Indian Medical Review
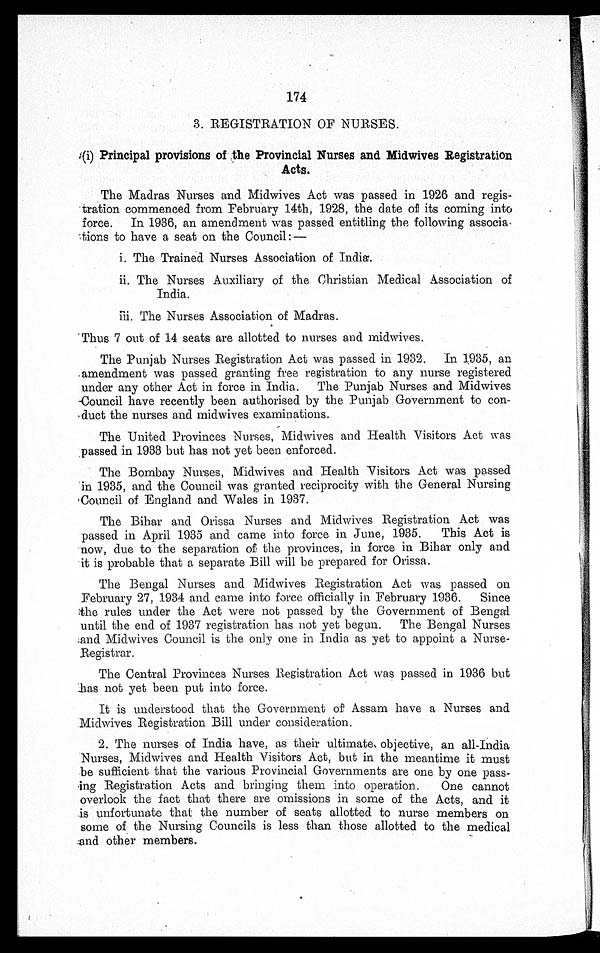
174
3. REGISTRATION OF NURSES.
(i) Principal provisions of the Provincial Nurses and Midwives Registration
Acts.
The Madras Nurses and Midwives Act was passed in 1926 and regis-
tration commenced from February 14th, 1928, the date of its coming into
force. In 1936, an amendment was passed entitling the following associa
tions to have a seat on the Council:—
i. The Trained Nurses Association of India.
ii. The Nurses Auxiliary of the Christian Medical Association of
India.
iii.
The Nurses Association of Madras.
Thus 7 out of 14 seats are allotted to nurses and midwives.
The Punjab Nurses Registration Act was passed in 1932. In 1935, an
amendment was passed granting free registration to any nurse registered
under any other Act in force in India. The Punjab Nurses and Midwives
Council have recently been authorised by the Punjab Government to con-
duct the nurses and midwives examinations.
The United Provinces Nurses, Midwives and Health Visitors Act was
passed in 1933 but has not yet been enforced.
The Bombay Nurses, Midwives and Health Visitors Act was passed
in 1935, and the Council was granted reciprocity with the General Nursing
Council of England and Wales in 1937.
The Bihar and Orissa Nurses and Midwives Registration Act was
passed in April 1935 and came into force in June, 1935. This Act is
now, due to the separation of the provinces, in force in Bihar only and
it is probable that a separate Bill will be prepared for Orissa.
The Bengal Nurses and Midwives Registration Act was passed on
February 27, 1934 and came into force officially in February 1936. Since
the rules under the Act were not passed by the Government of Bengal
until the end of 1937 registration has not yet begun. The Bengal Nurses
and Midwives Council is the only one in India as yet to appoint a Nurse-
Registrar.
The Central Provinces Nurses Registration Act was passed in 1936 but
has not yet been put into force.
It is understood that the Government of Assam have a Nurses and
Midwives Registration Bill under consideration.
2. The nurses of India have, as their ultimate objective, an all-India
Nurses, Midwives and Health Visitors Act, but in the meantime it must
be sufficient that the various Provincial Governments are one by one pass-
ing Registration Acts and bringing them into operation. One cannot
overlook the fact that there are omissions in some of the Acts, and it
is unfortunate that the number of seats allotted to nurse members on
some of the Nursing Councils is less than those allotted to the medical
and other members.